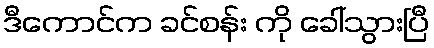
ဒီကောင်က ခင်စန်း ကို ခေါ်သွားပြီ